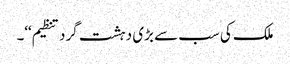
ملک کی سب سے بڑی دہشت گرد تنظیم‘‘۔